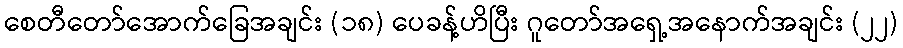
စေတီတော်အောက်ခြေအချင်း (၁၈) ပေခန့်ဟိပြီး ဂူတော်အရှေ့အနောက်အချင်း (၂၂)